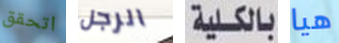
اتحقق الرجل بالكلية هيا